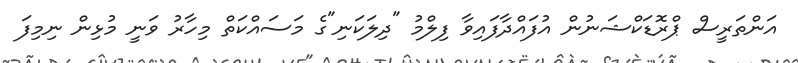
އަންތަރީސް ޕްރޮޑަކްޝަނުން އުފައްދާފައިވާ ފިލްމު "ދިލަކަނި"ގެ މަސައްކަތް މިހާރު ވަނީ މުޅިން ނިމިފަ